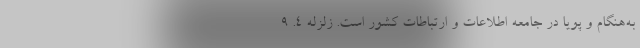
به‌هنگام و پویا در جامعه اطلاعات و ارتباطات کشور است. زلزله ۴. ۹